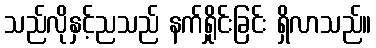
သည်လိုနှင့်ညသည် နက်ရှိုင်းခြင်း ရှိလာသည်။